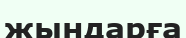
жындарға